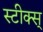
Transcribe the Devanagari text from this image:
स्टीक्स्